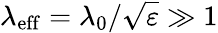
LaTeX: \lambda_{\mathrm{eff}}=\lambda_{0}/\sqrt{\varepsilon}\gg 1